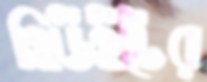
হিউইটের